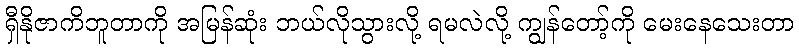
ရှီနိုဇာကိဘူတာကို အမြန်ဆုံး ဘယ်လိုသွားလို့ ရမလဲလို့ ကျွန်တော့်ကို မေးနေသေးတာ